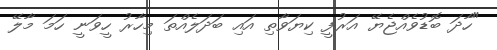
"ހާދަ ބޮޑުވެއްޖެޔޭ އަރުފީ ކިޔަވާތި އައި ބަދަލެއްތަ މިހާރު ހީވަނީ ހަމަ މާލޭ